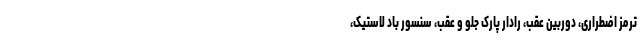
ترمز اضطراری، دوربین عقب، رادار پارک جلو و عقب، سنسور باد لاستیک،